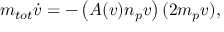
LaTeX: m _ { t o t } { \dot { v } } = - \left( A ( v ) n _ { p } v \right) ( 2 m _ { p } v ) ,